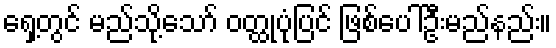
ရှေ့တွင် မည်သို့သော် ဝတ္ထုပုံပြင် ဖြစ်ပေါ်ဦးမည်နည်း။